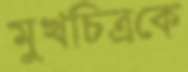
মুখচিত্রকে